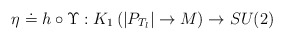
\begin{align*}\eta \doteq h\circ \Upsilon :K_{1}\left( |P_{T_{l}}|\rightarrow {M}\right)\rightarrow SU(2)\end{align*}